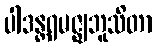
ပါဒန္တရမဇ္ဈဘူသိတာ